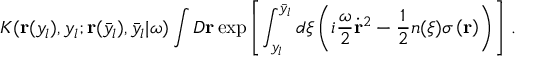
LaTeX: { \cal K } ( { \bf r } ( y _ { l } ) , y _ { l } ; { \bf r } ( \bar { y } _ { l } ) , \bar { y } _ { l } | \omega ) \int { \cal D } { \bf r } \exp \left[ \int _ { y _ { l } } ^ { \bar { y } _ { l } } d \xi \left( i \frac { \omega } { 2 } \dot { \bf r } ^ { 2 } - \frac { 1 } { 2 } n ( \xi ) \sigma \left( { \bf r } \right) \right) \right] \, .